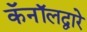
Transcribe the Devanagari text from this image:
कॅनॉलद्वारे